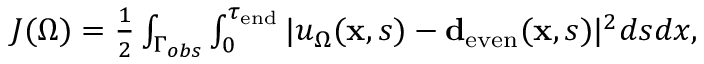
\begin{array} { r } { J ( \Omega ) = { \frac { 1 } { 2 } } \int _ { \Gamma _ { o b s } } \int _ { 0 } ^ { \tau _ { \mathrm { e n d } } } | u _ { \Omega } ( \mathbf x , s ) - \ensuremath { \mathbf d _ { \mathrm { e v e n } } } ( \mathbf x , s ) | ^ { 2 } d s d x , } \end{array}